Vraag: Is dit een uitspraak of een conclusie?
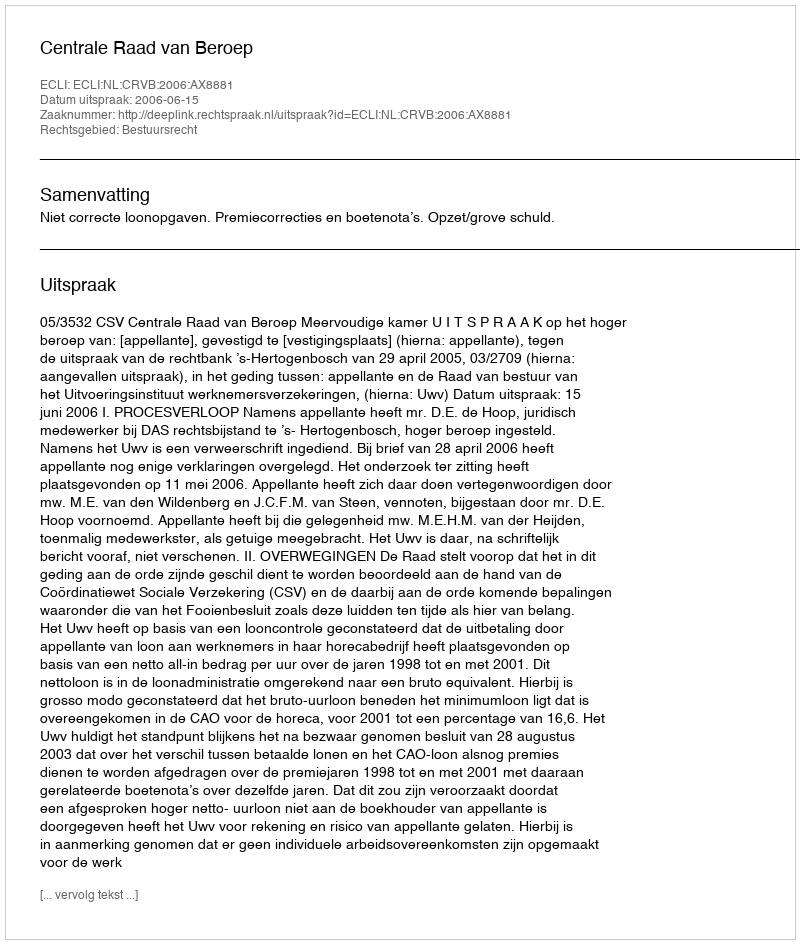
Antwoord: Uitspraak